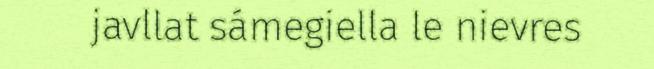
javllat sámegiella le nievres